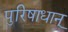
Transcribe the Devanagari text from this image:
पुरिषाधान्